Vaccination North-Western Provinces and Oudh 1878-1895 - 1878-1895
Year: 1878
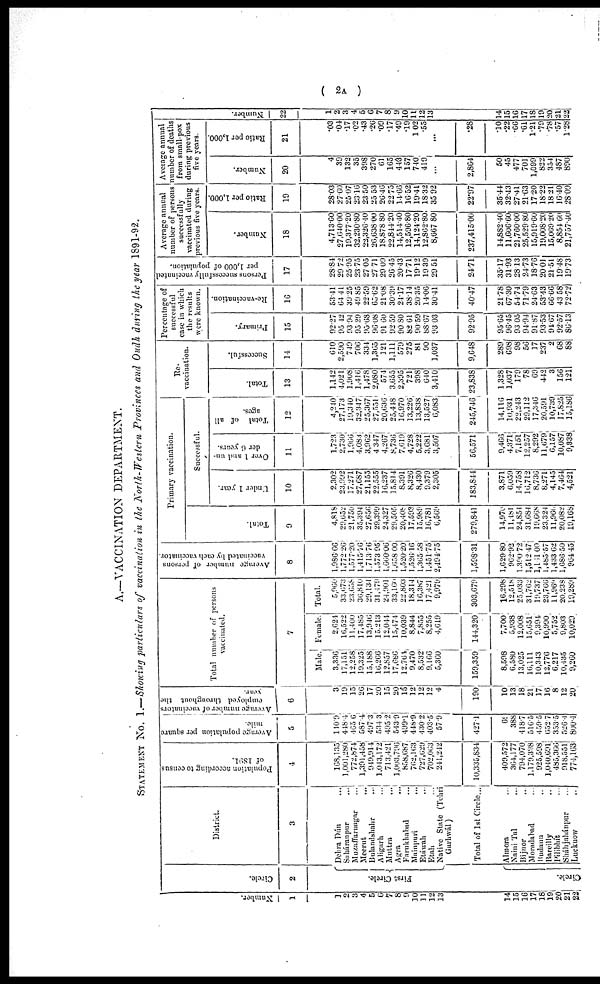
( 2A )
A.—VACCINATION DEPARTMENT.
STATEMENT NO. 1.—Showing particulars of vaccination in the North-Western Provinces and Oudh during the year 1891-92.
Numbe r
.
1
1
2
3 4
5
6
7
8
9
10
11
12
13
14
15
16
17
18
19
20
21
22
Ci r cl e.
2
Fi rst Ci r cl e
Circle.
District.
3
Dehra Dún ...
Saháranpur ...
Muzaffarnagar ...
Meerut
...
Bulandshahr ...
Aligarh ...
Muttra ...
Agra ...
Farukhabad ...
Mainpurl
...
Etúwah ...
Etah ...
Native State (Tehri
Garhwál)
Total of 1st Circle...
Almora ...
Naini Tal
...
Bijnor ...
Moradabad ...
Budaun ...
Bareilly ...
Pilibhít ...
Sháhjahánpur ...
Lucknow ...
Popul at i
on a c c o r d i n g to census
of 189l .
4
168,135
1,001,280
772,874
1,391,458
949,914
1 ,043,172
713,421
1,003,796
858,687
762,163
727,629
702,063
241,242
10,335,834
409,572
364,177
794,070
1,170,398
925,598
1,040,691
485,366
918,551
774,163
Ave r
a ge population per square
mile.
5
140.9
448.4
465.6
587.4
497.3
534.3
495.2
543.9
499.1
448.9
430.2
403.5
57.9
427.1
69
388
418.7
516.5
459.5
052.7
353.5
526.4
800.4
A
ver age number of vaccinators
employed throughout the
year .
6
3
19
15
26
17
20
15
20
15
12
12
12
4
190
10
13
18
21
17
16
8
12
20
Total number of persons
vaccinated.
7
Male.
3,336
17,151
12,258
19,325
15,188
16,266
12,857
17,686
12,764
9,470
8,532
9,166
5,360
159,359
8,598
6,580
13,025
16,111
10,343
12,776
6,217
10,435
9,260
Female.
2,624
16,522
11,400
17,485
13,946
15,213
12,044
15,474
10,039
8,844
7,855
8,255
4,619
144,320
7,700
5,938
12,008
15,651
9,394
10,990
5,752
9,803
10,029
Total.
5,960
33,673
23,658
30,810
29,134
31,479
24,901
33,160
22,803
18,314
16,387
17,421
9,979
303,679
16,298
12,518
25,033
31,762
19,737
23,766
11,969
20,238
10,289
Ave r
a ge n u m b e r of per s ons
vaccinated by each vaccinator.
8
1,986.66
1,772.26
1,577.20
1,415.76
1,713.76
1,573.95
1,660.06
1,658.00
1,520.20
1,520.16
1,365.58
1,451.75
2,494.75
1,598.31
1,629.80
962.92
1.390.72
1,512.47
1,161.00
1,485.57
1,433.62
1,686.50
964.45
Tot al .
9
4,818
29,652
21,750
35,394
27,656
29,399
24,327
29,505
20,408
17,593
15,989
16,781
6,569
279,841
14,970
11,181
24,854
31,684
19,668
23,324
11,966
20,082
19,168
Primary vaccination.
Successful.
Under 1 year.
10
2,302
23,992
17,271
27,687
21,155
22,555
16,237
15,814
8,391
8,326
8,430
9,379
2,305
183,844
3,871
6,059
14,758
16,712
8,736
8,271
4,145
7,464
4,521
Over 1 and un-
der 6 years.
11
1,723
2,730
1,966
4,083
3,962
4,347
4,267
8,736
7,619
4,728
5,222
3,681
3,507
56,571
9,466
4,371
7,151
12,257
8,292;
11,679
6,157
10,087
9,338
Total of all
ages.
12
4,240
27,173
19,340
32,347
25,367
27,551
20,636
25,448
16,970
13,226
13,838
13,527
6,083
245,746
14,116
10,931
22,243
29,112
17,346
20,501
10,739
17,825
15,186
Re-
vaccination.
Total.
13
1,142
4,021
1,908
1,416
1,478
2,080
574
3,655
2,395
721
398
640
3,410
23,838
1,328
1,037
179
78
69
442
3
156
121
Successful.
14
610
2,590
749
706
334
1,365
121
1,111
579
275
81
90
1,037
9,648
289
698
98
56
17
237
2
68
88
Percentage of
successful
case in which
the results
were known.
Primary.
15
92.27
95.42
93.94
95.29
95.68
96.08
91.60
92.59
90.80
82.61
90.59
88.67
93.03
92.95
95.65
96.45
93.05
94.94
91.87
93.53
94.67
92.57
86.13
Re-vaccination.
16
53.41
64.41
39.25
49.85
22.59
65.62
21.08
30.39
21.17
38.14
20.35
14.06
30.41
40.47
21.78
67.30
54.74
71.79
24.63
53.43
66.66
43.58
72.72
Per s ons successfully vaccinated
per 1, 000 of population.
17
28.84
29.72
25.95
23.75
27.05
27.71
29.09
26.45
20.43
17.71
19.12
19.39
29.51
24.71
35.17
31.93
28.13
24.73
18.76
20.01
21.51
19.48
19.73
Average annual
number of persons
successfully
vaccinated during
previous five years.
Number.
18
4,713.60
27,640.00
19,377.20
32,230.80
22,326.40
26,638.00
18,878.80
22,844.20
14,514.40
12,596.80
14,124.20
12,862.80
8,667.80
237,415.00
14,882.40
11,606.60
21,760.00
25,529.80
15,919.60
10,008.20
15,069.20
8,854.60
21,757.40
Ratio per 1,000.
19
28.03
27.60
25.07
23.16
23.50
25.53
26.46
22.75
14.66
16.52
19.41
18.32
35.92
22.97
35.44
32.43
27.41
21.63
17.20
18.22
18.21
16.40
28.09
Average annual
number of deaths
from small-pox
during previous
five years.
Number.
20
4
39
132
35
398
270
61
165
443
157
740
410
...
2,864
50
45
477
701
1,099
822
354
487
890
Ratio per 1,000.
21
.03
.04
.17
.02
.43
.26
.09
.17
.49
.19
1.02
.55
...
.28
.10
.22
.66
.61
1.21
.79
.78
.57
1.28
Numbe r
.
22
1
2
3
4
5
6
7
8
9
10
11
12
13
14
15
16
17
18
19
20
21
22